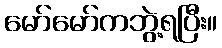
မော်မော်ကဘွဲ့ရပြီး။